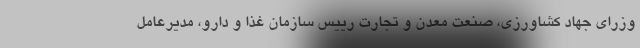
وزرای جهاد کشاورزی، صنعت معدن و تجارت رییس سازمان غذا و دارو، مدیرعامل